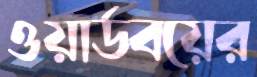
ওয়ার্ডবয়ের